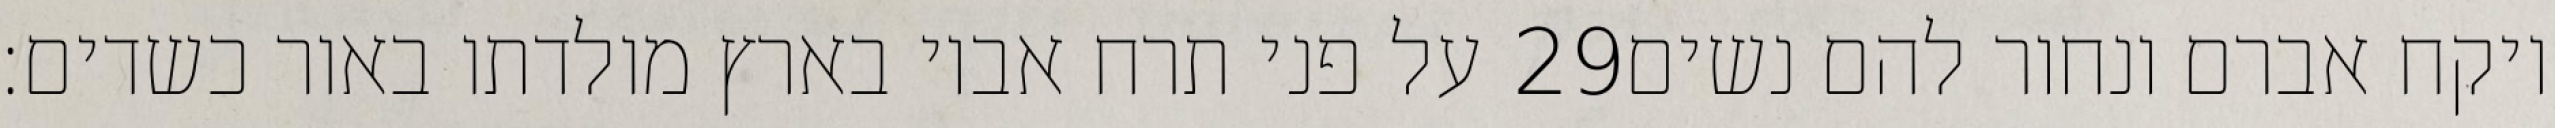
על פני תרח אביו בארץ מולדתו באור כשדים׃ ‎29‏ ויקח אברם ונחור להם נשים